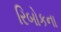
રિબોકના